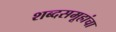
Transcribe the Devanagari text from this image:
शब्दसमूहांचा